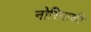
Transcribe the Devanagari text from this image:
नोरियाकी